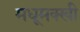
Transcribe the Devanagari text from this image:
मधूमक्खी